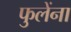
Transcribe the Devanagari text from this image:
फुलेंना